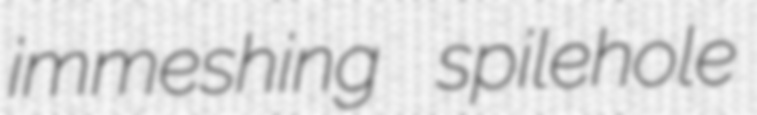
immeshing spilehole